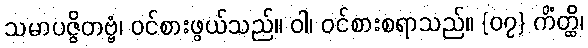
သမာပဇ္ဇိတဗ္ဗံ၊ ဝင်စားဖွယ်သည်။ ဝါ၊ ဝင်စားစရာသည်။ {၀၇} ကိံတ္ထိ၊